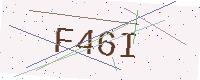
Text: F46I